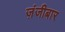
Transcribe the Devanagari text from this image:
ज़ंजीबार